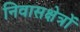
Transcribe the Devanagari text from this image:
निवासक्षेत्रों